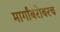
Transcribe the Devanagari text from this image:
मार्गांबरोबरच